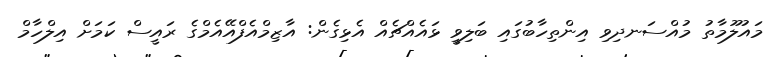
މައުލޫމާތު މުއްސަނދިވި އިންތިހާބުގައި ބަލިވީ ޅައެއްޗެއް އެޅިގެން: އާޒިމްއެފްއޭއެމްގެ ރައީސް ކަމަށް އިލްހާމް